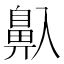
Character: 𱌒